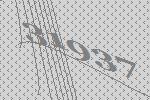
31937